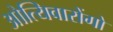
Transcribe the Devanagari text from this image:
ओत्यिवारोंगो